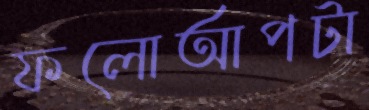
ফলোআপটা